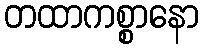
တထာကစ္စာနော